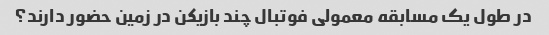
در طول یک مسابقه معمولی فوتبال چند بازیکن در زمین حضور دارند؟